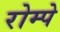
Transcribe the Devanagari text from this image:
रोम्पे